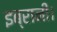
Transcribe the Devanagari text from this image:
इब्रानी।